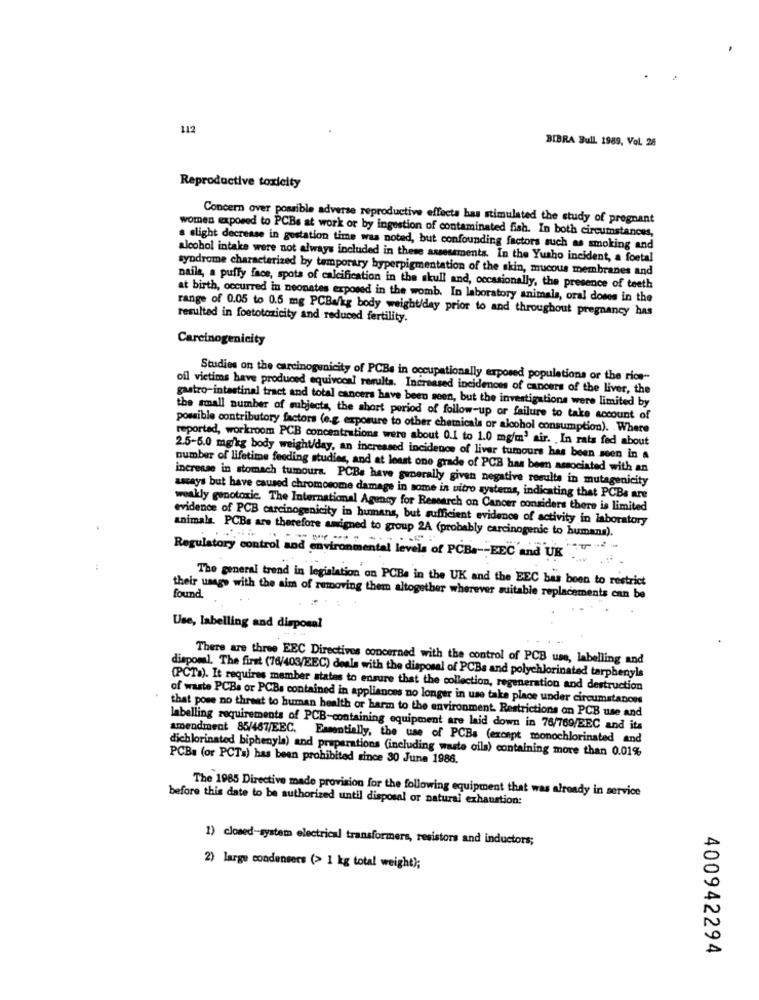
112
BIBRA Bull. 1989, Vol. 28
Reproductive toxicity
Concern over possible adverse reproductive effects has stimulated the study of pregnant
women exposed to PCBs at work or by ingestion of contaminated fish. In both circumstances,
a slight decrease in gustation time was noted, but confounding factors such as smoking and
alcohol intake were not always included in these assessments. In the Yusho incident, a foetal
syndrome characterized by temporary hyperpigmentation of the skin, mucous membranes and
nails, a puffy face, spots of calcification in the skull and, occasionally, the presence of teeth
at birth, occurred in neonates exposed in the womb. In laboratory animals, oral doses in the
range of 0.05 to 0.5 mg PCBa/kg body weight/day prior to and throughout pregnancy has
resulted in foetotoxicity and reduced fertility.
Carcinogenicity
Studies on the carcinogenicity of PCBs in occupationally exposed populations or the rice-
oil victims have produced equivocal resulta. Increased incidences of cancers of the liver, the
gastro-intestinal tract and total cancers have been seen, but the investigations were limited by
the small number of subjects, the short period of follow-up or failure to take account of
possible contributory factors (e.g exposure to other chemicals or alcohol consumption). Where
reported, workroom PCB concentrations were about 0.1 to 1.0 mg/m' air. In rats fed about
2.5-5.0 mg/kg body weight/day, an increased incidence of liver tumours has been seen in a
number of lifetime feeding studies, and at least one grade of PCB has been associated with an
increase in stomach tumours. PCBs have generally given negative results in mutagenicity
assays but have caused chromosome damage in some in vitro systems, indicating that PCBs are
weakly genotoxic. The International Agency for Research on Cancer considers there is limited
evidence of PCB carcinogenicity in humans, but sufficient evidence of activity in laboratory
animals. PCBs are therefore amigned to group 2A (probably carcinogenic to humans).
Regulatory control and environmental levels of PCBa -- EEC and UK"
The general trend in legislation on PCBs in the UK and the EEC bas boen to restrict
their usage with the aim of removing them altogether wherever suitable replacements can be
found.
Use, labelling and disposal
There are three EEC Directives concerned with the control of PCB use, labelling and
disposal. The first (76/403/EEC) deals with the disposal of PCBs and polychlorinated tarphenyls
(PCTa). It requires member states to ensure that the collection, regeneration and destruction
of waste PCBs or PCBs contained in appliances no longer in use take place under circumstanons
that pose no threat to human health or harm to the environment. Restrictions on PCB use and
labelling requirements of PCB-containing equipment are laid down in 76/769/BEC and its
amendment 85/467/EEC. Essentially, the use of PCBs (except monochlorinated and
dichlorinated biphenyla) and preparations (including waste oils) containing more than 0.01%
PCBs (or PCTs) has been prohibited since 30 June 1986.
The 1985 Directive made provision for the following equipment that was already in service
before this date to be authorized until disposal or natural exhaustion:
1) closed-system electrical transformers, resistors and inductors;
2) large condensers (> 1 kg total weight);
400942294